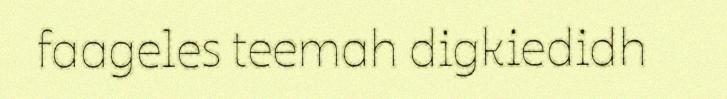
faageles teemah digkiedidh